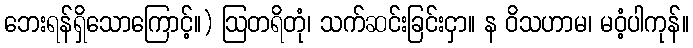
ဘေးရန်ရှိသောကြောင့်။) ဩတရိတုံ၊ သက်ဆင်းခြင်းငှာ။ န ဝိသဟာမ၊ မဝံ့ပါကုန်။